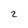
Character: 2